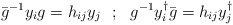
\begin{align*}\bar{g}^{-1} y_i g = h_{ij}y_j~~;~~ g^{-1} y_i^{\dagger} \bar{g}=h_{ij}y^\dagger_j\end{align*}